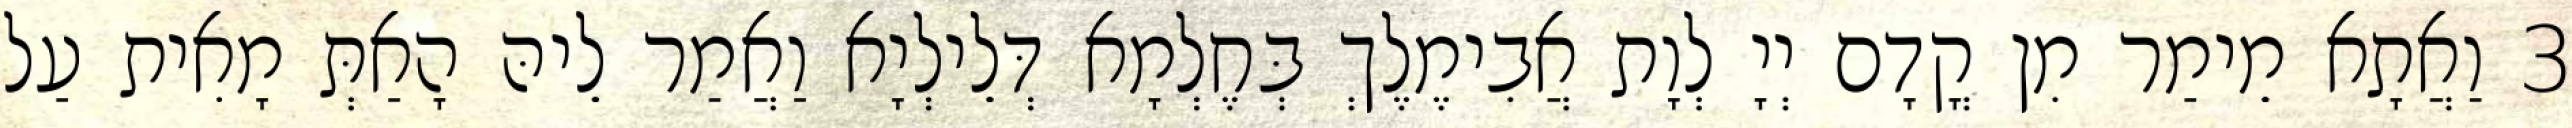
3 וַאֲתָא מֵימַר מִן קֳדָם יְיָ לְוָת אֲבִימֶלֶךְ בְּחֶלְמָא דְּלֵילְיָא וַאֲמַר לֵיהּ הָאַתְּ מָאִית עַל